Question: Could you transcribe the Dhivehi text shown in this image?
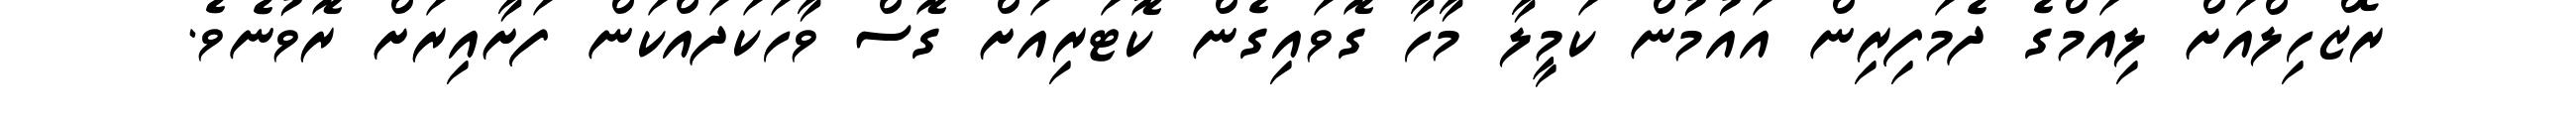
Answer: ރޯޒްހިލްއަށް ލިއަމްގެ ދެމަފިރިން އައުމުން ކަމީލާ މާހާ ގޮވައިގެން ކޮޓަރިއަށް ގޮސް ވާހަކަދައްކަން ފަށާއިރަށް ރޮވުނެވެ.